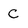
Character: c